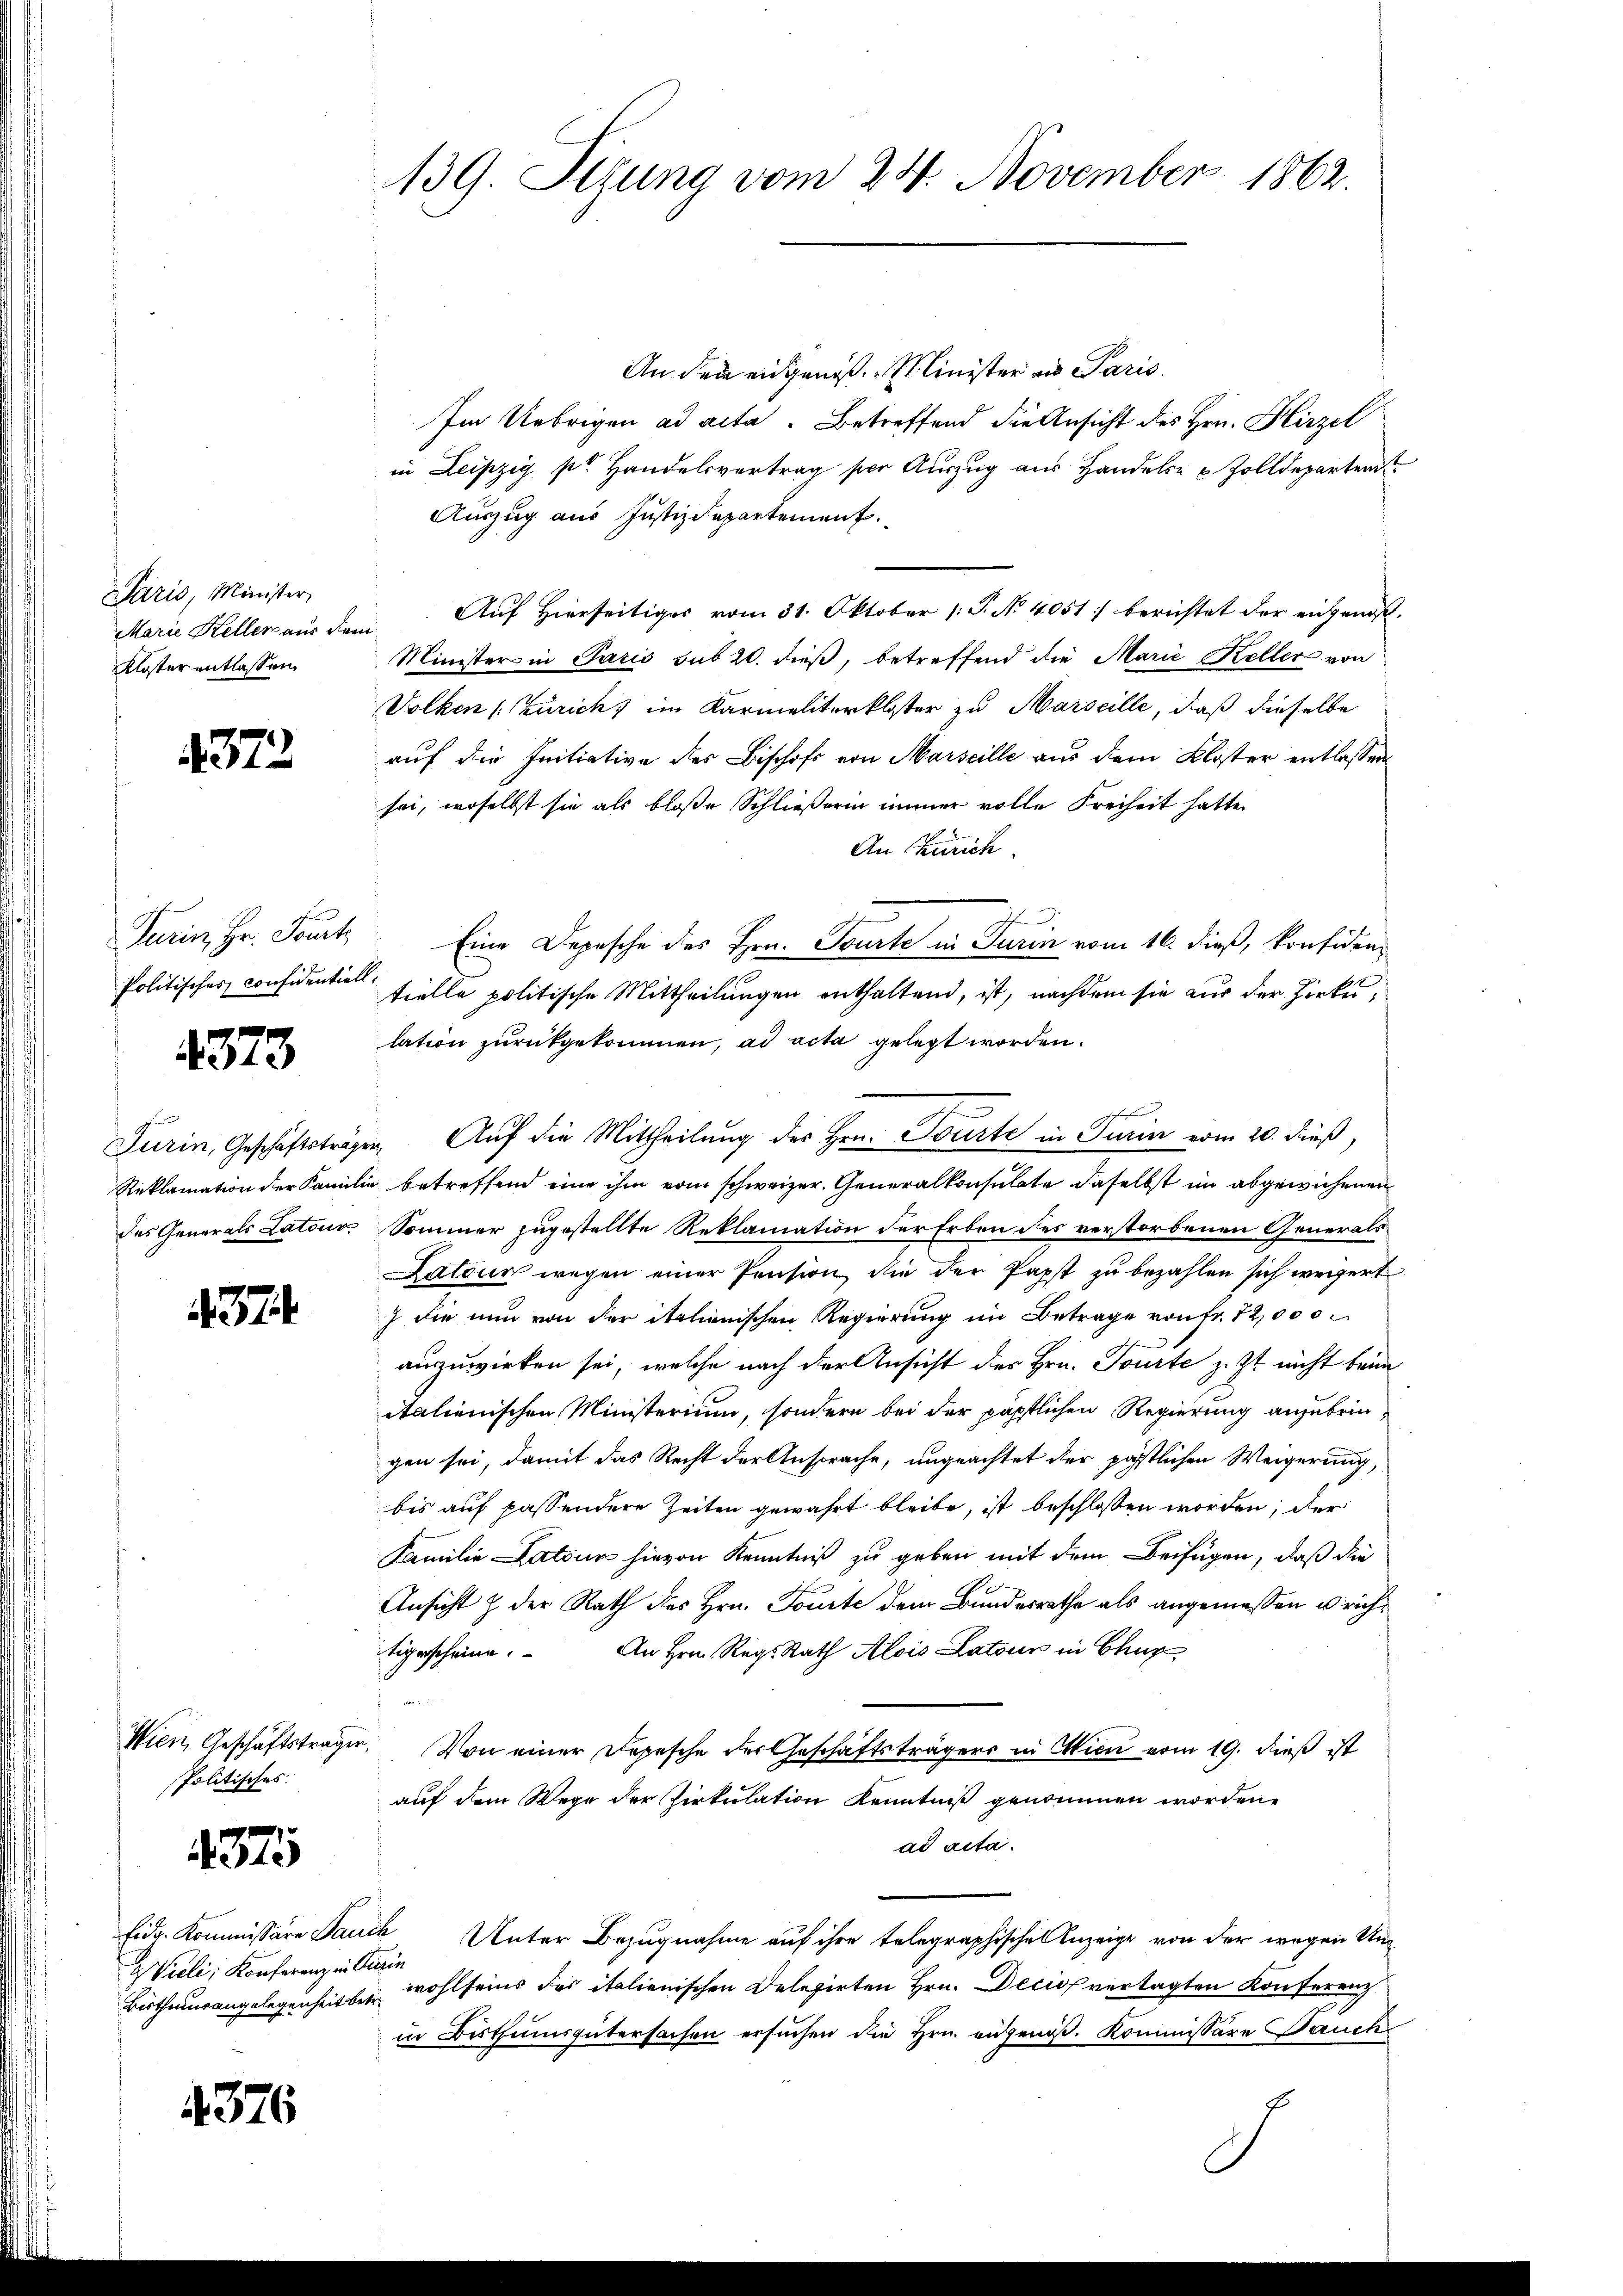
Paris, Minister,
Kloster entlassen

4372

Turin, Hr. Sat
Politisches considentiell

4373

437

Politisches.

4375

WVieli, Konferenz in Turin
Bisthumsangelegenheit betr.

4376

139. Setzung vom 24. November 1862.

An den eingenoß. Minister an Paris.
Im Uebrigen ad acta. Betreffend die Ansicht des Hrn. Hirzel
in Leipzig pr. Handelsvertrag per Aŭszŭg aŭs Handels- & Zolldepartem
Auszug aus Justizdepartement.
Marie Heller aus dem Auf hierseitiges vom 31. Oktober /: P. No 4051. berichtet der eingenoß
Minister in Paris sub 20. dieß, betreffend die Marie Keller von
Volken (Zürich, im Karmaliterkloster zu Marseille, daß dieselbe
auf die Initiative des Bischofs von Marseille aus dem Kloster entlassen
sei, woselbst sie als bloße Schließerin immer volle Freiheit hatte
An Zürich.
Eine Depesche des Hrn. Tourte in Turin vom 16. dieß, konfiden,
tielle politische Mittheilungen enthaltend, ist, nachdem sie aus der Zirku
lation zurückgekommen, ad acta gelegt worden.
Turin, Geschäftsträgen Auf die Mittheilung des Hrn. Tourte in Turin vom 20. dieß,
Reklamation der Familie betreffend eine ihm vom schweizer. Generalkonsulate daselbst im abgewichenen
des Generals Latons Sommer zugestellte Reklamation der Erben des verstorbenen Generals
Zatour wegen einer Pension, die der Papst zu bezahlen sich weigert
) die nun von der italienischen Regierung im Betrage von fr. 12,000
auszuwirken sei, welche nach der Ansicht des Hrn. Tourte z. Zt. nicht beim
italienischen Ministerium, sondern bei der päpstlichen Regierung anzubringen sei, damit das Recht der Ansprache, ungeachtet der pöstlichen Weigerung,
bis auf passendere Zeiten gewährt bleibe, ist beschlossen worden; der
Familie Latein hievon Kenntniß zu geben mit dem Beifügen, daß die
Ansicht & der Rath des Hrn. Toute dem Bundesrathe als angemessen u richtigerscheine. An Hrn. Reg. Rath Alois Latour in Chur
Wien, Geschäftsträger. Von einer Depesche der Geschäftsträgers in Wien vom 19. dieß ist
auf dem Wege der Zirkulation Kenntniß genommen worden.
ad acta.
Eidg. Kommissäre Jauch Unter Bezugnahme auf ihre telegraphischen Anzeige von der wegen Unwohlseins des italienischen Delegirten Hrn. Decios vertagten Konferenz
in Bisthumsgütersachen ersuchen die Hrn. angenoß. Kommissäre auch